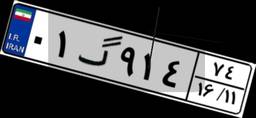
۰۱گ۹۱۴۷۴